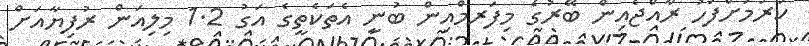
ކުރުމަށްފަހު ރާއްޖެއިން ބޭރުގެ މިފަރމްއިން ބުނީ އެތަކެތީގެ އަގު 1.2 މިލިއަން ރުފިޔާއަށް